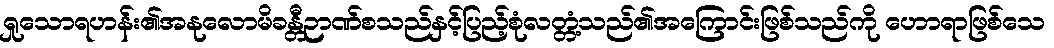
ရှုသောရဟန်း၏အနုလောမိခန္တီဉာဏ်စသည်နှင့်ပြည့်စုံလတ္တံ့သည်၏အကြောင်းဖြစ်သည်ကို ဟောရာဖြစ်သေ